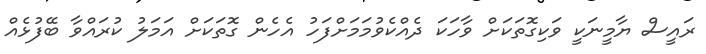
ރައީސް ޔާމީނަކީ ވަކިގޮތަކަށް ވާހަކަ ދެއްކެވުމަމަށްފަހު އެހެން ގޮތަކަށް އަމަލު ކުރައްވާ ބޭފުޅެއް